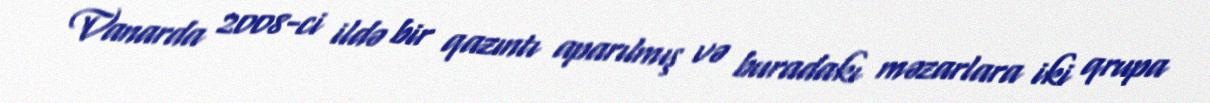
Vanarda 2008-ci ildə bir qazıntı aparılmış və buradakı məzarlara iki qrupa